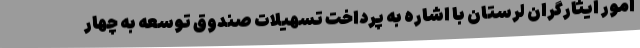
امور ایثارگران لرستان با اشاره به پرداخت تسهیلات صندوق توسعه به چهار